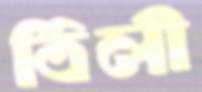
ঠিলী